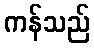
ကန်သည်